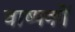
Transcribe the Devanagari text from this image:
वाष्पकों